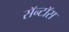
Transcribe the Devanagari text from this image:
सॅन्टाॅस